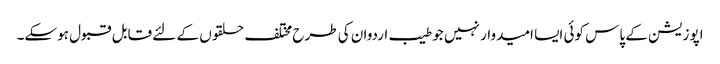
اپوزیشن کے پاس کوئی ایسا امیدوار نہیں جو طیب اردوان کی طرح مختلف حلقوں کے لئے قابل قبول ہوسکے۔